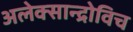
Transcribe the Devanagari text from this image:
अलेक्सान्द्रोविच